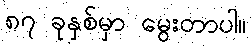
၈၇ ခုနှစ်မှာ မွေးတာပါ။